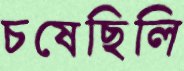
চষেছিলি